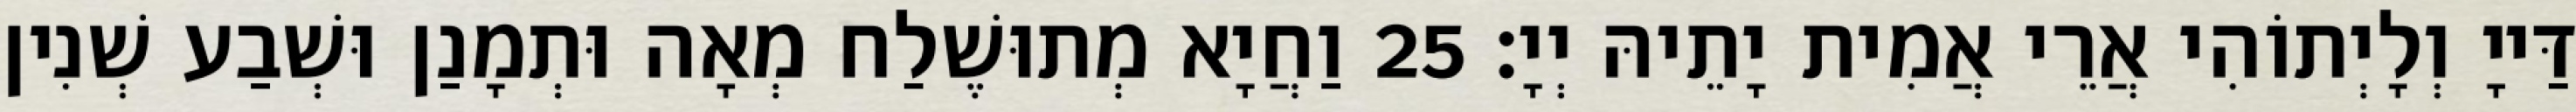
דַּייָ וְלָיְתוֹהִי אֲרֵי אֲמִית יָתֵיהּ יְיָ׃ 25 וַחֲיָא מְתוּשֶׁלַח מְאָה וּתְמָנַן וּשְׁבַע שְׁנִין